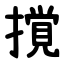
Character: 撹